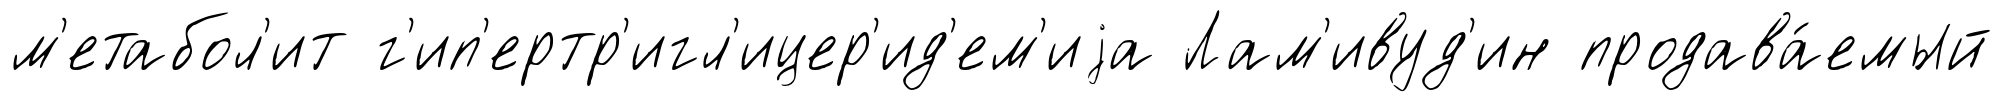
м'етабол'ит г'ип'ертр'игл'ицер'ид'ем'иjа Лам'ивуд'ин продава́емый